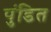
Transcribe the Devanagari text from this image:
पुंडित